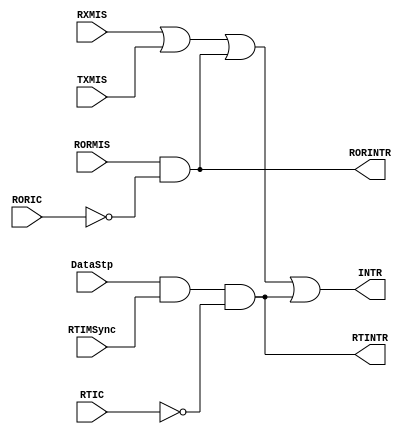
// --=========================================================================--
//  This confidential and proprietary software may be used only as
//  authorised by a licensing agreement from ARM Limited
//    (C) COPYRIGHT 2007-2008 ARM Limited
//        ALL RIGHTS RESERVED
//  The entire notice above must be reproduced on all authorised
//  copies and copies may only be made to the extent permitted
//  by a licensing agreement from ARM Limited.
// -----------------------------------------------------------------------------
//  
//  Version and Release Control Information:
//  
//  File Revision          : 20349
//  
//  Release Information : Cortex-M0 DesignStart-r2p0-00rel0
//  
// -----------------------------------------------------------------------------

// -----------------------------------------------------------------------------

// Purpose      : INTR Interrupt generation logic.

// --=========================================================================--

`timescale 1ns/1ps

// -----------------------------------------------------------------------------

module SspIntGen (
                  TXMIS, 
                  RXMIS, 
                  RORMIS,
                  DataStp,
                  RTIMSync,

                  RORIC,
                  RTIC,
                  RORINTR,
                  RTINTR,
                  INTR
                 );

// Inputs
input  TXMIS;    // Tx FIFO Service request
input  RXMIS;    // Rx FIFO Service request
input  RORMIS;   // Rx FIFO Overrun interrupt
input  DataStp;  // Rx TimeOut interrupt input
input  RTIMSync; // Rx TimeOut Interrupt Mask Sync
input  RORIC;    // Rx FIFO Overrun Clear input
input  RTIC;     // Rx TimeOut Clear input

// Outputs
output RORINTR;  // Rx FIFO Overrun interrupt output
output RTINTR;   // RX TimeOut Masked Interrupt output
output INTR;     // Combined interrupt

// -----------------------------------------------------------------------------
//
//                               SspIntGen
//                               =========
//
// -----------------------------------------------------------------------------
//
// Overview
// ========
//
// The combined interrupt INTR is generated as an OR of the individual 
// interrupt sources RXMIS, TXMIS and RORINTR and RTINTR.
// 
// -----------------------------------------------------------------------------

// -----------------------------------------------------------------------------
// Wire declarations
// -----------------------------------------------------------------------------

// -----------------------------------------------------------------------------
// Register  declarations
// -----------------------------------------------------------------------------

// -----------------------------------------------------------------------------
//
// Main body of code
// =================
//
// -----------------------------------------------------------------------------

// ---------------------------------------------------------------------
// -- When the relevant interrupt clear signal is asserted, the
// -- asynchronous interrupt is cleared.  
// ---------------------------------------------------------------------

assign RTINTR  = DataStp & RTIMSync & ~RTIC;
assign RORINTR = RORMIS  & ~RORIC;

// -----------------------------------------------------------------------------
// OR the individual interrupts to generate INTR
// -----------------------------------------------------------------------------
assign INTR = RXMIS | TXMIS | RORINTR | RTINTR;

endmodule

// --============================ End ========================================--